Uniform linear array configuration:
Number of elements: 24
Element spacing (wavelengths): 0.25
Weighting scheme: hann
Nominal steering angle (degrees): -15
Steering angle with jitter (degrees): -15.17
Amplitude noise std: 0.05
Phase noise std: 0.05

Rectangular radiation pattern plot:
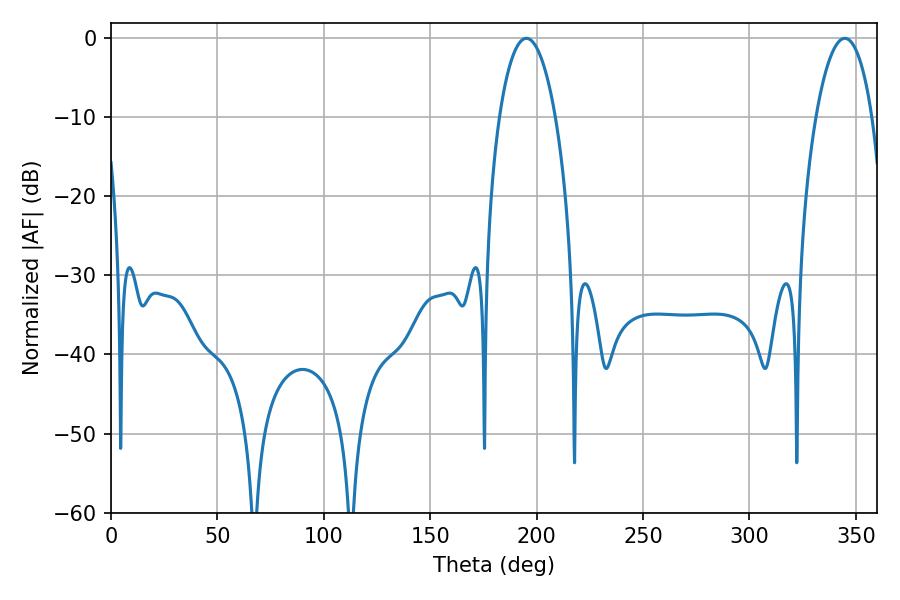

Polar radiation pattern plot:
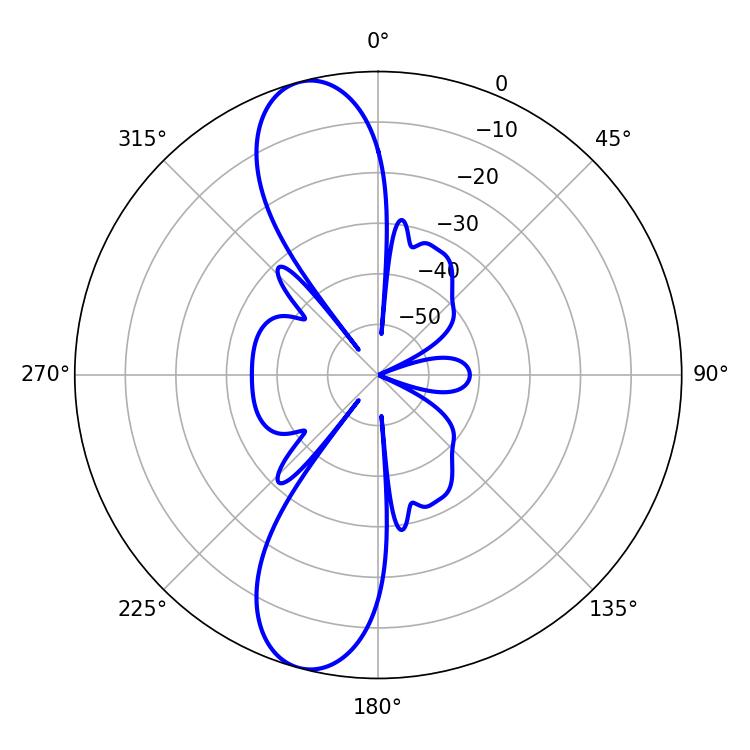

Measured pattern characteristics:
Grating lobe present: FALSE
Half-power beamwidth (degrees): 14.76
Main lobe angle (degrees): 195.12